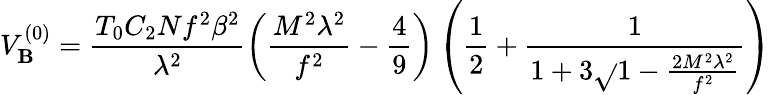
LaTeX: V_{\mathbf{B}}^{(0)}=\frac{{T_{0}C_{2}Nf^{2}\beta^{2}}}{{\lambda^{2}}}\left(\frac{{M^{2}\lambda^{2}}}{{f^{2}}}-\frac{{4}}{{9}}\right)\left(\frac{{1}}{{2}}+\frac{{1}}{{1+3\sqrt{}{{1-\frac{{2M^{2}\lambda^{2}}}{{f^{2}}}}}}}\right)